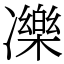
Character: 𠘙